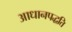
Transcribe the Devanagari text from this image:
आधानपद्धति